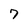
Character: 7